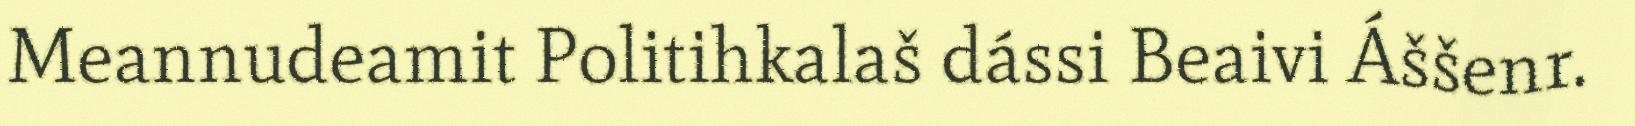
Meannudeamit Politihkalaš dássi Beaivi Áššenr.